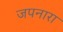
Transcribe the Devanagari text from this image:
जपनारा